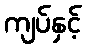
ကျပ်နှင့်